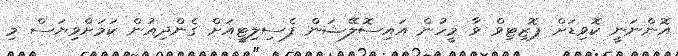
އޮންނަނީ ކޮވިޑަށް ޕޮޒިޓިވް ވާ މީހުން އައިސޮލޭޝަން ފެސިލިޓީއަށް ގެންދިއުން ކަމަށްވިޔަސް މި